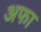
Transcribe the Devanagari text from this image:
अफा